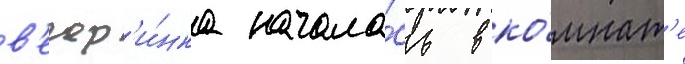
в'ечер'и́нка начала́сь в ко́мнат'е